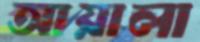
আয়ালা